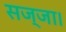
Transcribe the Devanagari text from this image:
सज्जा।